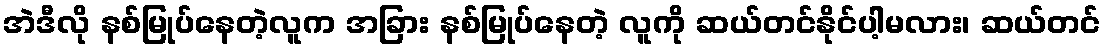
အဲဒီလို နစ်မြုပ်နေတဲ့လူက အခြား နစ်မြုပ်နေတဲ့ လူကို ဆယ်တင်နိုင်ပါ့မလား၊ ဆယ်တင်